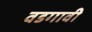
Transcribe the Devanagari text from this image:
वडगावी